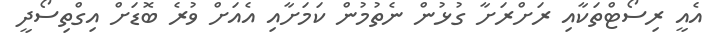
އެެއީ ރިސޯޓްތަކާއި ރަށްރަށާ ގުޅުން ނެތުމުން ކަމަށާއި އެއަށް ވުރެ ބޮޑަށް އިގްތިސޯދީ